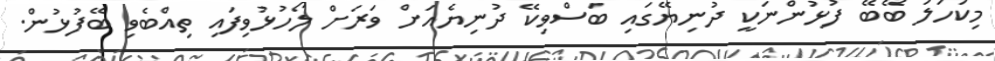
މިކަހަލަ ބޭބޭ ފުޅުންނަކީ ދުނިޔޭގައި ބަސްވިކޭ ދުނިޔެއަށް ވަރަށް ލޯހުޅުވިފައި ތިއްބެވި ބޭފުޅުން.